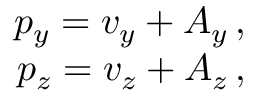
\begin{array} { r } { p _ { y } = v _ { y } + A _ { y } \, , } \\ { p _ { z } = v _ { z } + A _ { z } \, , } \end{array}